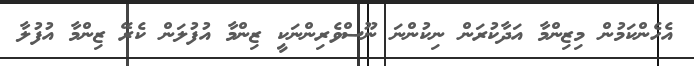
އެހެންކަމުން މިޒިންމާ އަދާކުރަން ނިކުންނަ ނޫސްވެރިންނަކީ ޒިންމާ އުފުލަން ކެރޭ ޒިންމާ އުފުލާ